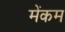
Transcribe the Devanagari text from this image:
मेंकम